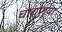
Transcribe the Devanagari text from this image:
चाच्ण्या